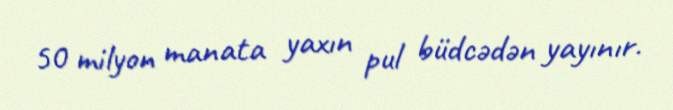
50 milyon manata yaxın pul büdcədən yayınır.